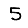
Digit: 5